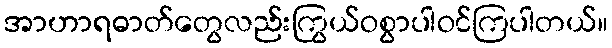
အာဟာရဓာတ်တွေလည်းကြွယ်ဝစွာပါဝင်ကြပါတယ်။